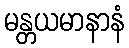
မန္တယမာနာနံ